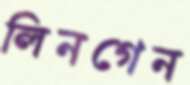
লিনগেন